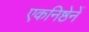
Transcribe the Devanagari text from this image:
एकनिष्ठेनें